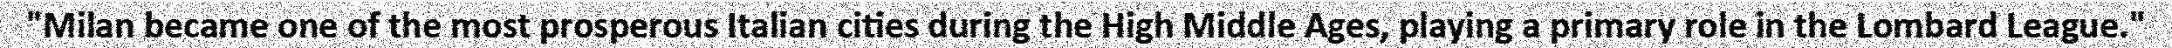
"Milan became one of the most prosperous Italian cities during the High Middle Ages, playing a primary role in the Lombard League."